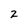
Character: 2